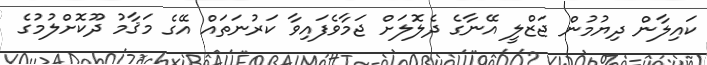
ކައިލާން ދިޔުމުން ޖަޒްލީ އޭނާގެ ދެލޮލަށް ޖަމާވެފައިވާ ކަރުނަތައް އޭގެ މަޤާމު ދޫކޮށްލުމުގެ